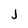
Character: j